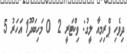
ދިވެހި ޕްރިމިއާ ލީގު: ވިކްޓަރީ 2  0 މަހިބަދޫ1 އަހަރު 5